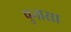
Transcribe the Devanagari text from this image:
पुनासा